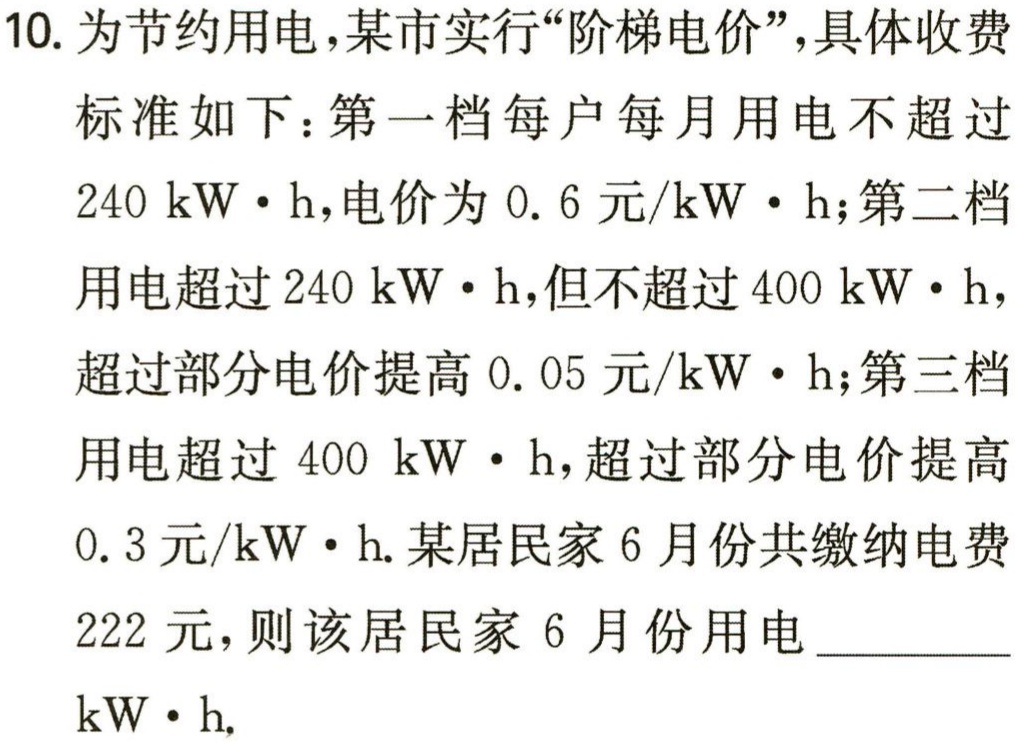
10. 为节约用电，某市实行“阶梯电价”，具体收费

标准如下：第一档每户每月用电不超过

$240\mathrm{~kW}\cdot\mathrm{h}$，电价为$0.6$元/$\mathrm{kW}\cdot\mathrm{h}$；第二档

用电超过$240\mathrm{~kW}\cdot\mathrm{h}$，但不超过$400\mathrm{~kW}\cdot\mathrm{h}$，

超过部分电价提高$0.05$元/$\mathrm{kW}\cdot\mathrm{h}$；第三档

用电超过$400\mathrm{~kW}\cdot\mathrm{h}$，超过部分电价提高

$0.3$元/$\mathrm{kW}\cdot\mathrm{h}$. 某居民家 6 月份共缴纳电费

$222$元，则该居民家 6 月份用电$\underline{\qquad}$

$\mathrm{kW}\cdot\mathrm{h}$.